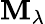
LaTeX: \mathbf{M}_{\lambda}